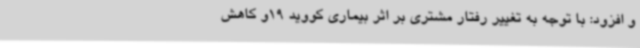
و افزود: با توجه به تغییر رفتار مشتری بر اثر بیماری کووید 19و کاهش